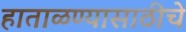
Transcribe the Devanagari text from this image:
हाताळण्यासाठीचे